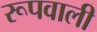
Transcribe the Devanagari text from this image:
रूपवाली